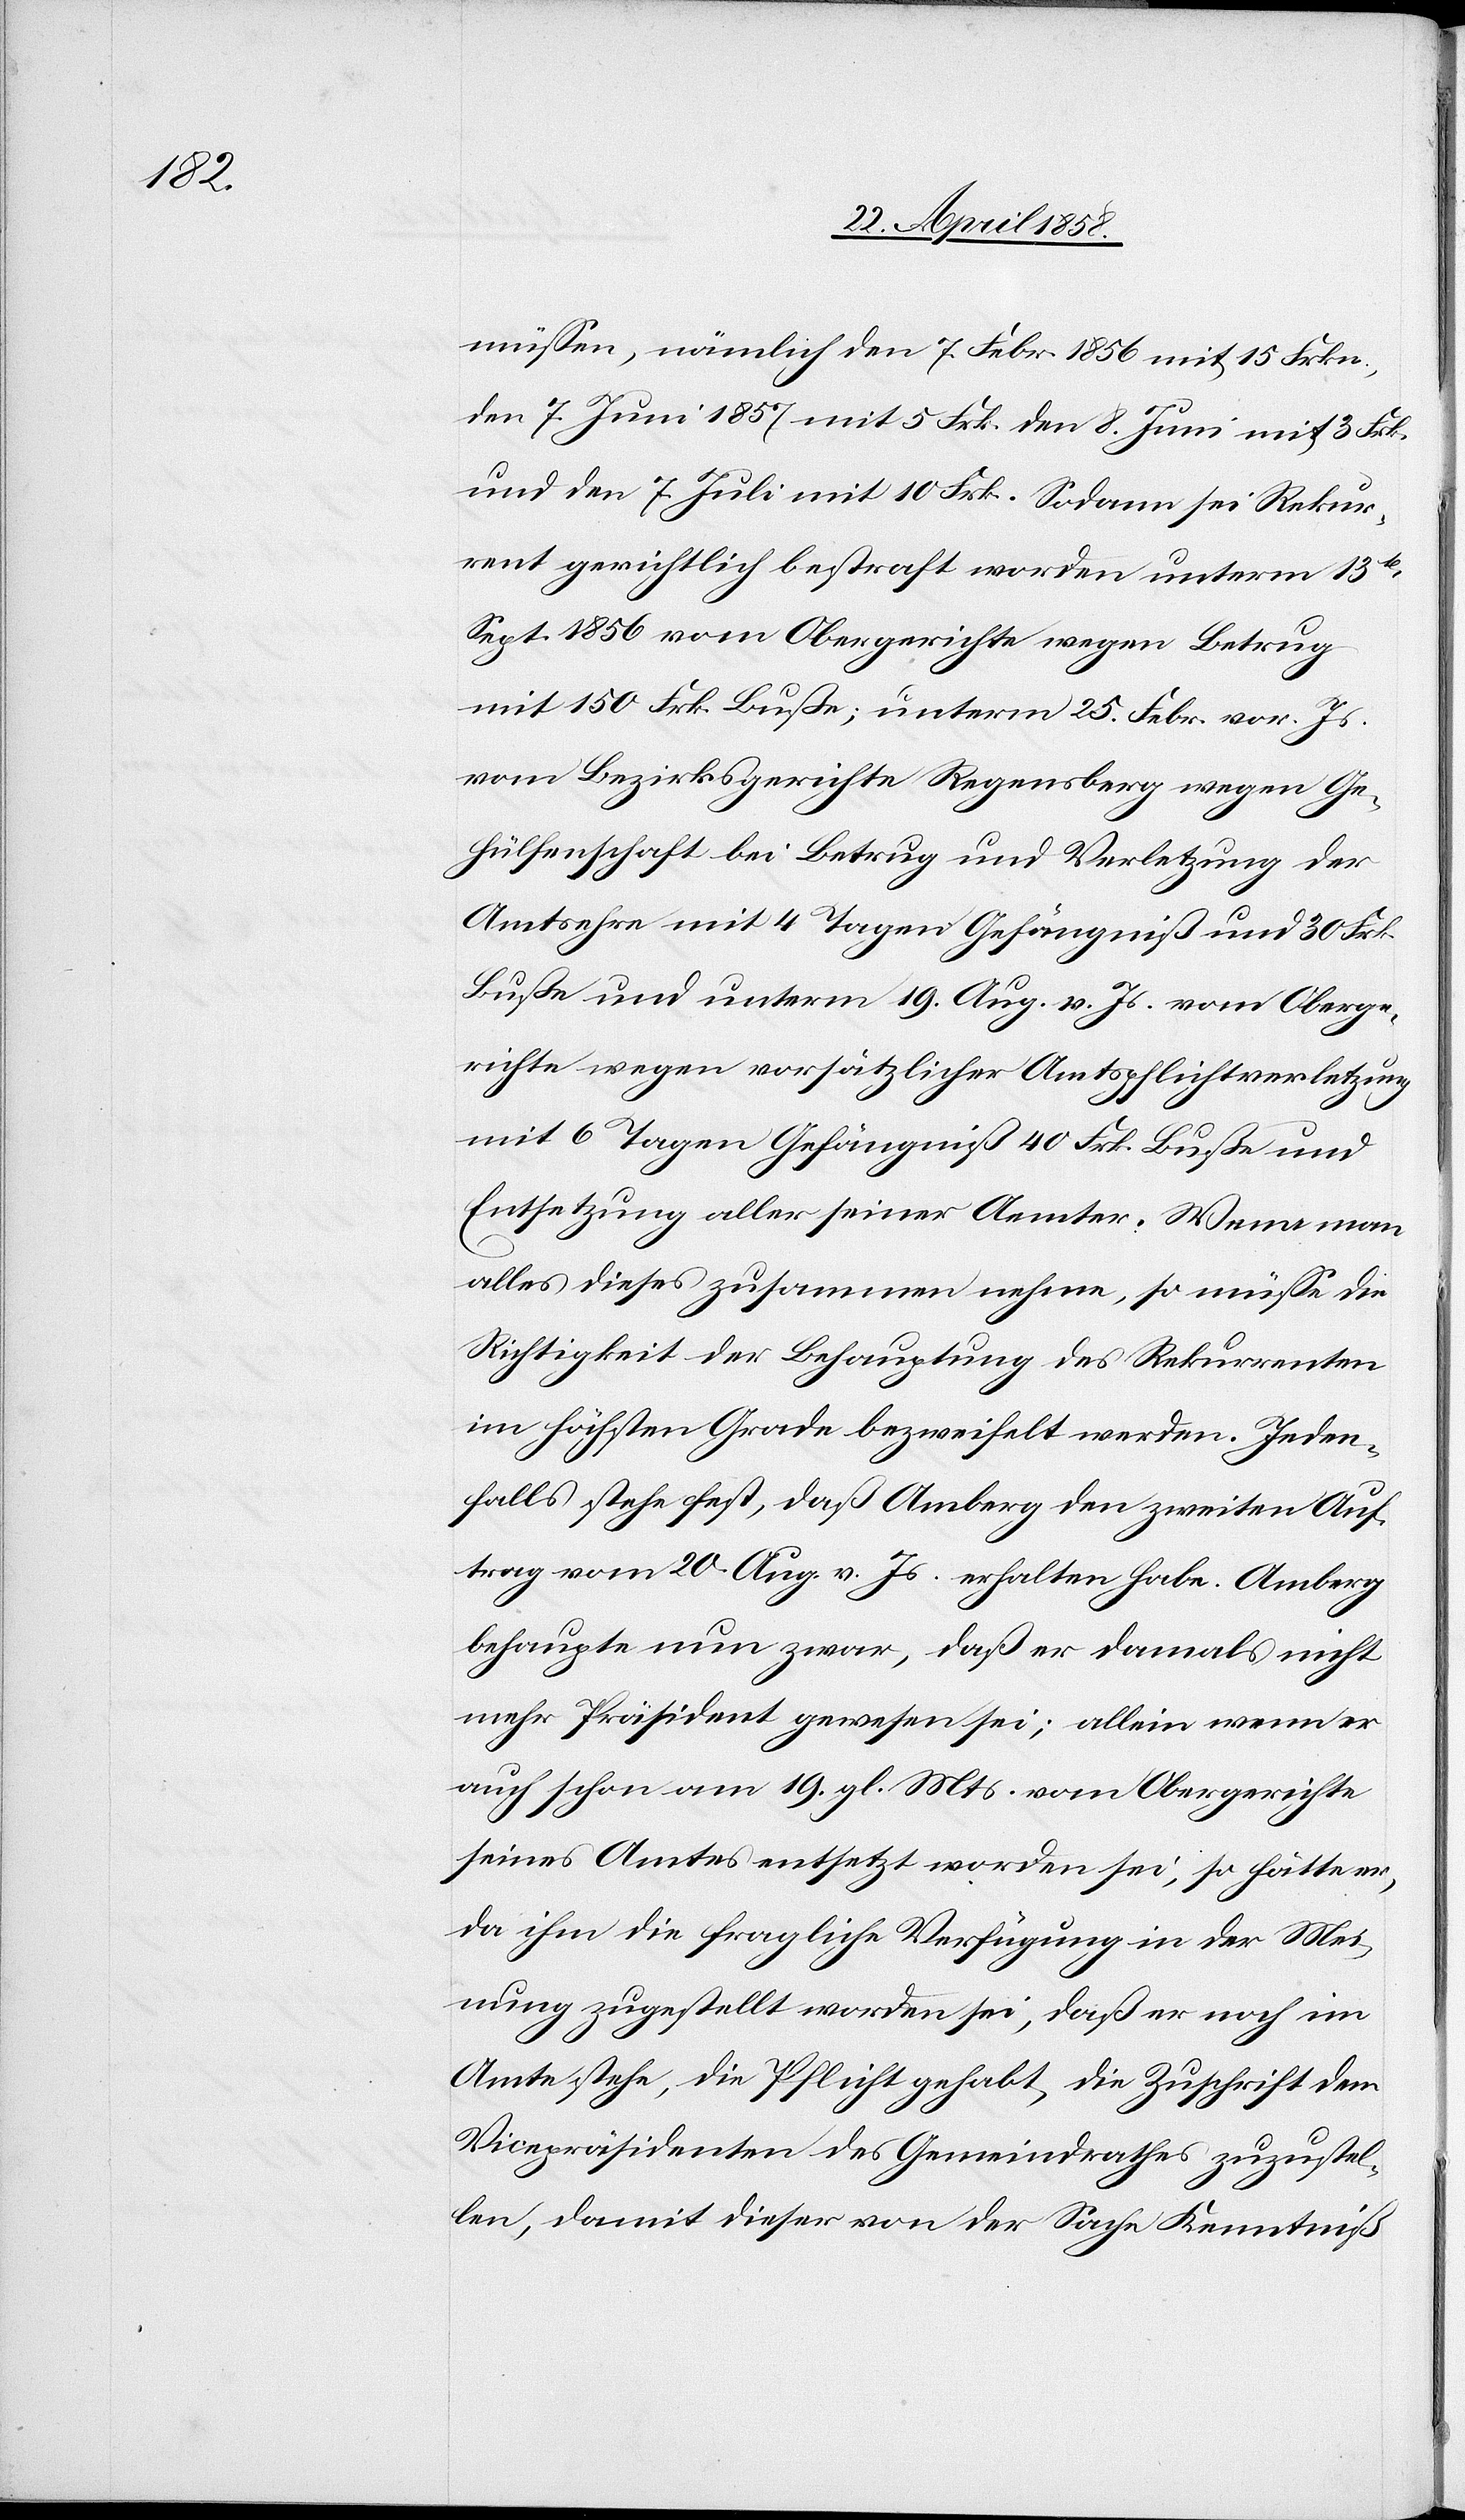
müssen, nämlich den 7. Febr. 1856 mit 15 Frkn.,
den 7. Juni 1857 mit 5 Frk.[,] den 8. Juni mit 3 Frk.
und den 7. Juli mit 10 Frk. Sodann sei Rekur¬
rent gerichtlich bestraft worden unterm 13t[en]
Sept. 1856 vom Obergerichte wegen Betrug
mit 150 Frk. Buße; unterm 25. Febr. vor. Js.
vom Bezirksgerichte Regensberg wegen Ge¬
hülfenschaft bei Betrug und Verletzung der
Amtsehre mit 4 Tagen Gefängniß und 30 Frk.
Buße und unterm 19. Aug. v. Js. vom Oberge¬
richte wegen vorsätzlicher Amtspflichtverletzung
mit 6 Tagen Gefängniß 40 Frk. Buße und
Entsetzung aller seiner Aemter. Wenn man
alles dieses zusammen nehme, so müsse die
Richtigkeit der Behauptung des Rekurrenten
im höchsten Grade bezweifelt werden. Jeden¬
falls steht fest, daß Amberg den zweiten Auf¬
trag vom 20. Aug. v. Js. erhalten habe. Amberg
behaupte nun zwar, daß er damals nicht
mehr Präsident gewesen sei; allein wenn er
auch schon am 19. gl. Mts. vom Obergerichte
seines Amtes entsetzt worden sei, so hätte er,
da ihm die fragliche Verfügung in der Mei¬
nung zugestellt worden sei, daß er noch im
Amte stehe, die Pflicht gehabt, die Zuschrift dem
Vicepräsidenten des Gemeindrathes zuzustel¬
len, damit dieser von der Sache Kenntniß